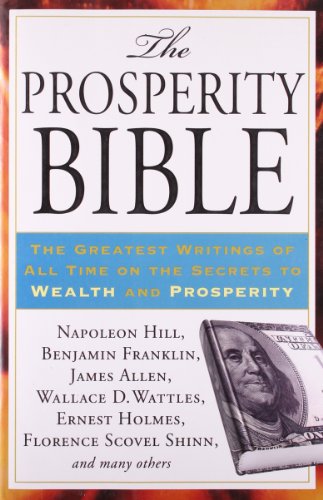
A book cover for The Prosperity Bible: The Greatest Writings of All Time on the Secrets to  Wealth and Prosperity; Napoleon Hill; Religion & Spirituality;